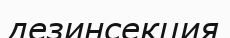
дезинсекция